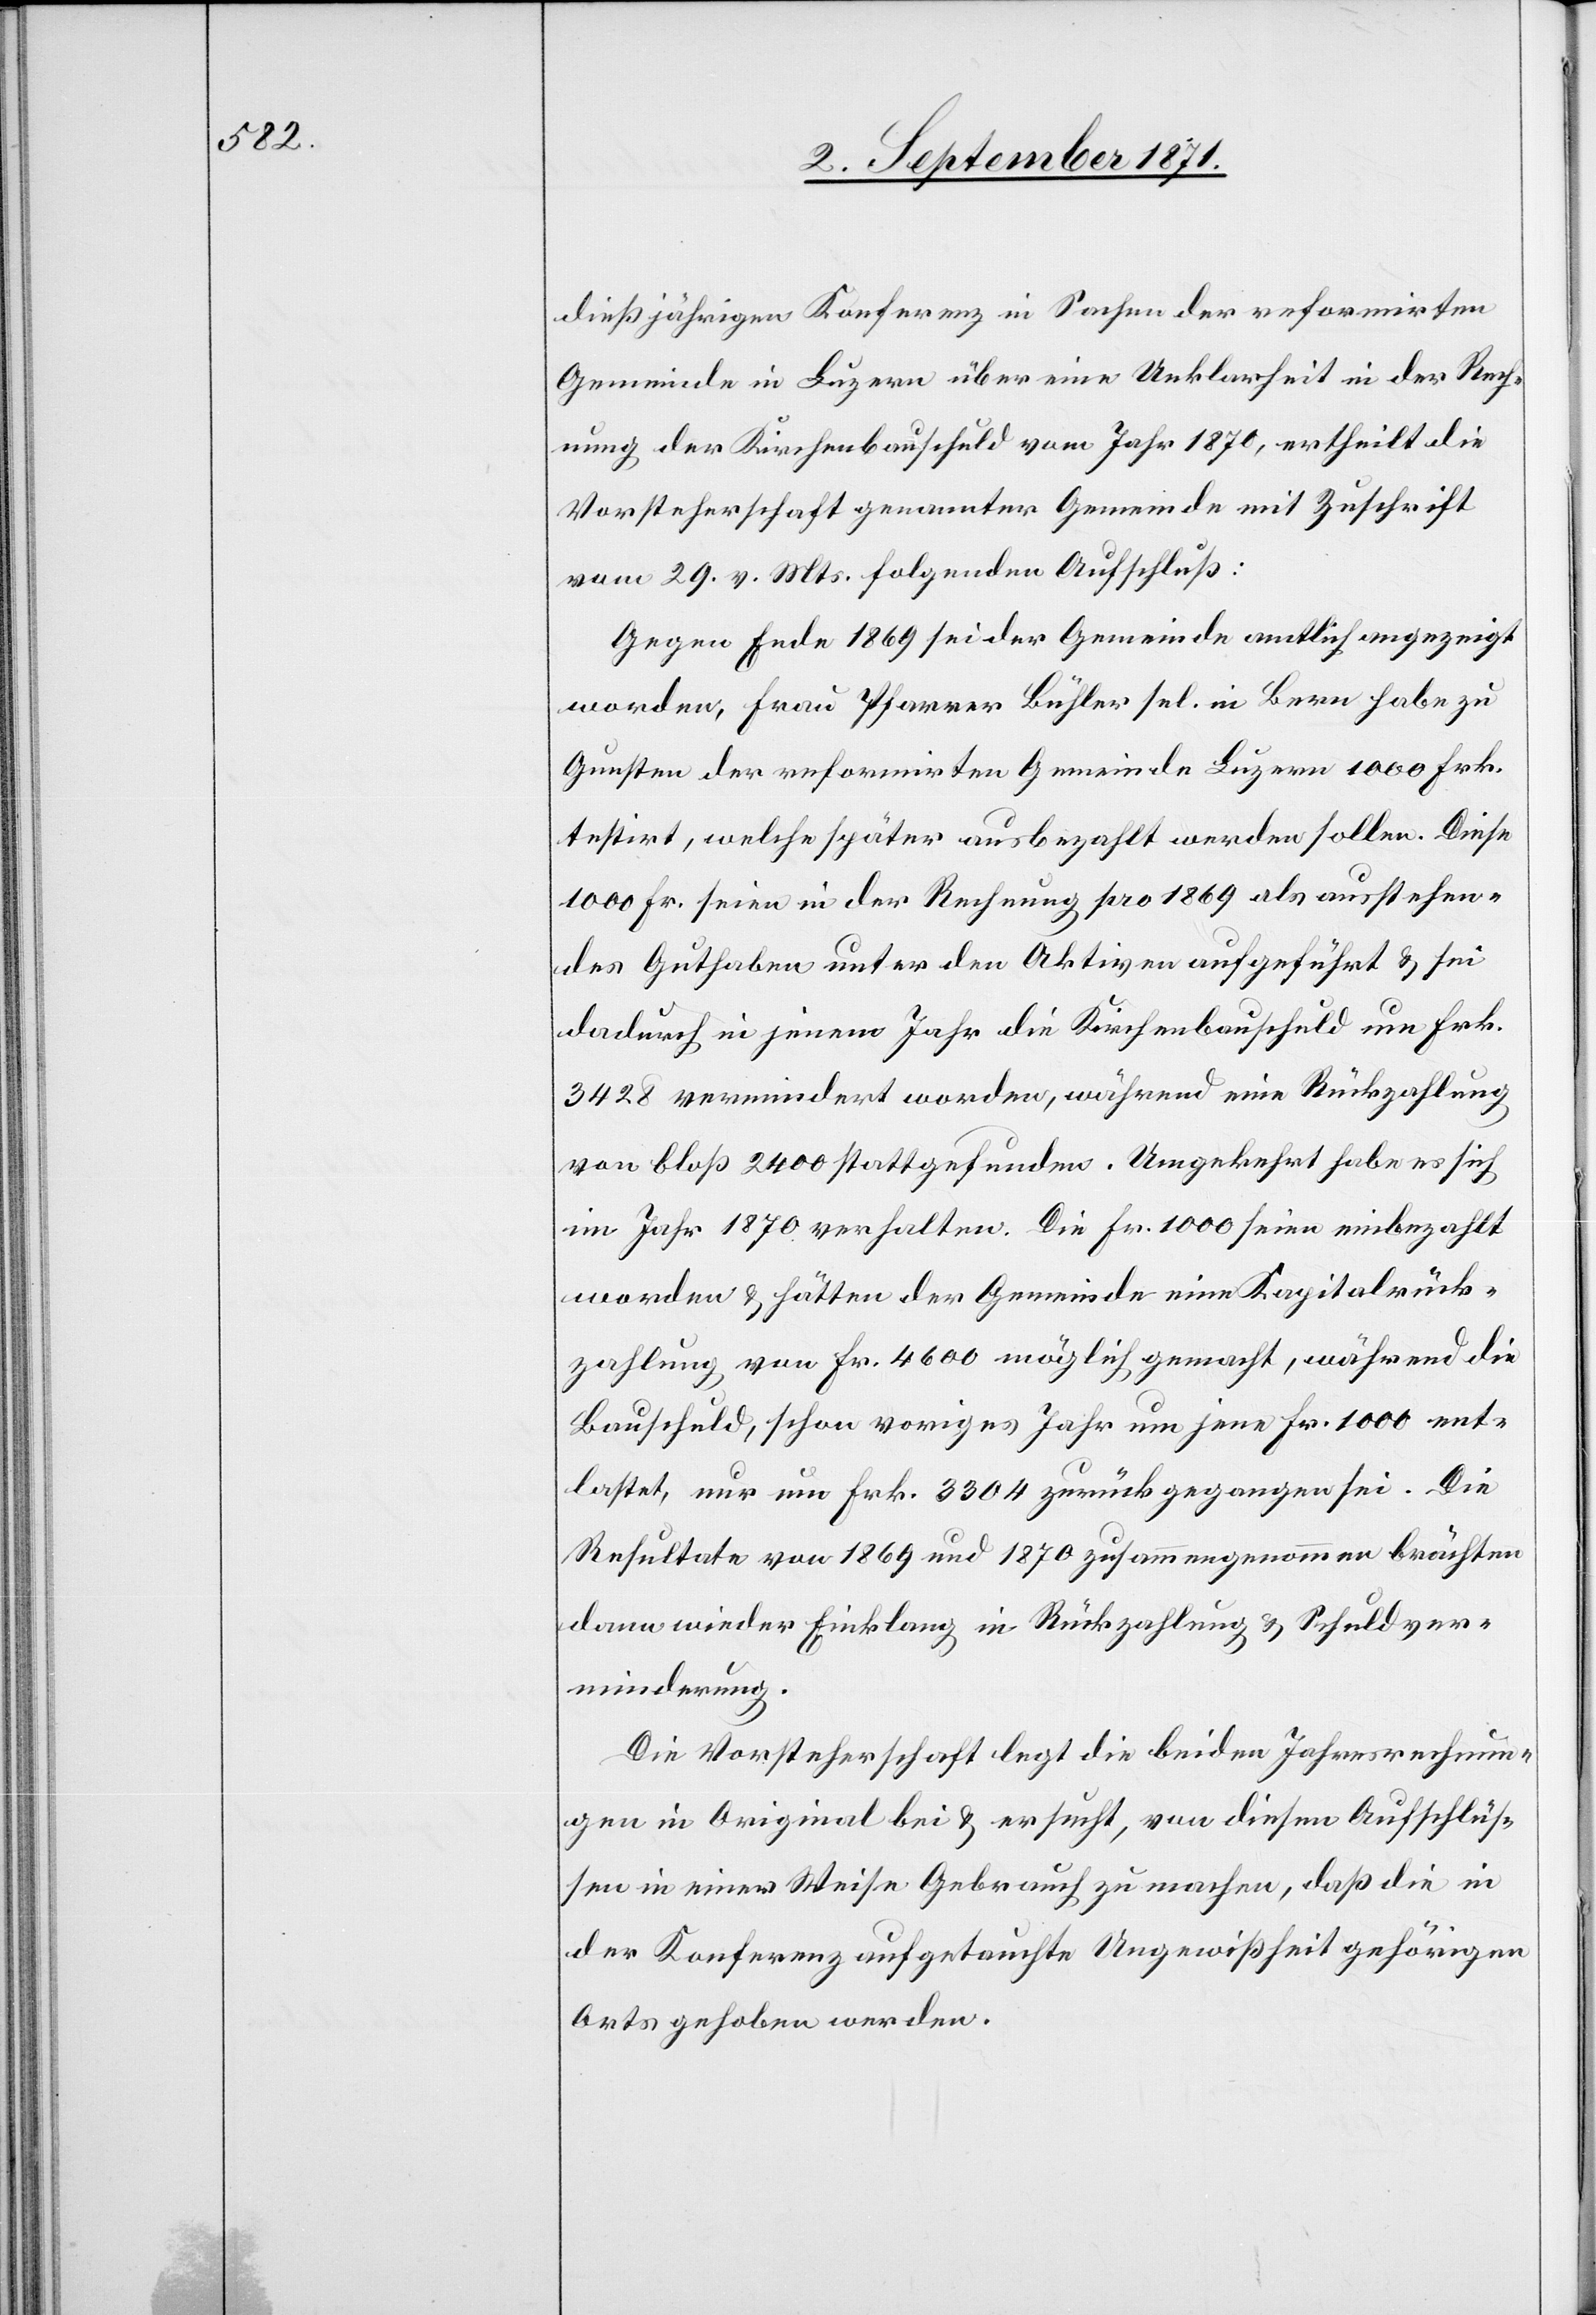
diesjährigen Konferenz in Sachen der reformirten
Gemeinde in Luzern über eine Unklarheit in der Rech¬
nung der Kirchenbauschuld vom Jahr 1870, ertheilt die
Vorsteherschaft genannter Gemeinde mit Zuschrift
vom 29. v. Mts. folgenden Aufschluß:
Gegen Ende 1869 sei der Gemeinde amtlich angezeigt
worden, Frau Pfarrer Bühler sel. in Bern habe zu
Gunsten der reformirten Gemeinde Luzern 1000 Frk.
testirt, welche später ausbezahlt werden sollen. Diese
1000 Fr. seien in der Rechnung pro 1869 als ausstehen¬
des Guthaben unter den Aktiven aufgeführt & sei
dadurch in jenem Jahr die Kirchenbauschuld um Frk.
3428 vermindert worden, während eine Rückzahlung
von bloß 2400 stattgefunden. Umgekehrt habe es sich
im Jahr 1870 verhalten. Die Fr. 1000 seien einbezahlt
worden & hätten der Gemeinde eine Kapitalrück¬
zahlung von Fr. 4600 möglich gemacht, während die
Bauschuld, schon voriges Jahr um jene Fr. 1000 ent¬
lastet, nur um Fr. 3304 zurückgegangen sei. Die
Resultate von 1869 und 1870 zusammengenommen brächten
dann wieder Einklang in Rückzahlung & Schuldver¬
minderung.
Die Vorsteherschaft legt die beiden Jahresrechnun¬
gen in Original bei & ersucht, von diesen Aufschlüs¬
sen in einer Weise Gebrauch zu machen, daß die in
der Konferenz aufgetauchte Ungewissheit gehörigen
Arts gehoben werden